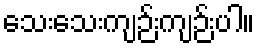
သေးသေးကျဉ်းကျဉ်းပါ။